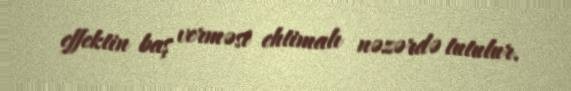
effektin baş verməsi ehtimalı nəzərdə tutulur.